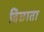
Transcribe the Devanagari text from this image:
बिछाता